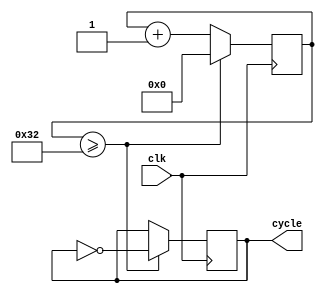
module div_100 (
    input wire clk,       // Sinal de clock de entrada
    output wire cycle    // Sinal de sada
);

    reg [6:0] count = 7'b0;  // Registrador de contagem de 7 bits
    reg cycle_aux = 0;


    always @(posedge clk) begin
        begin
            count <= count + 1;  // Incrementa a contage
            
            
            if (count >= 50) begin
                
                    count <= 7'b0; // Reinicia a contagem para 0
                    cycle_aux <= !cycle_aux;  
                end
        end
    end

    assign cycle = cycle_aux;
endmodule